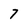
Character: 7